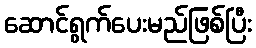
ဆောင်ရွက်ပေးမည်ဖြစ်ပြီး